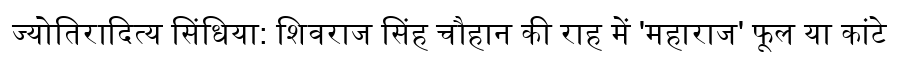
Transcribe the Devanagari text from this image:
ज्योतिरादित्य सिंधिया: शिवराज सिंह चौहान की राह में 'महाराज' फूल या कांटे